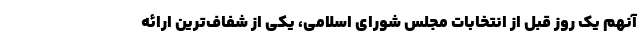
آنهم یک روز قبل از انتخابات مجلس شورای اسلامی، یکی از شفاف‌ترین ارائه